Indian journal of veterinary science and animal husbandry - Volumes 15-17, 1948-1951
Year: 1948
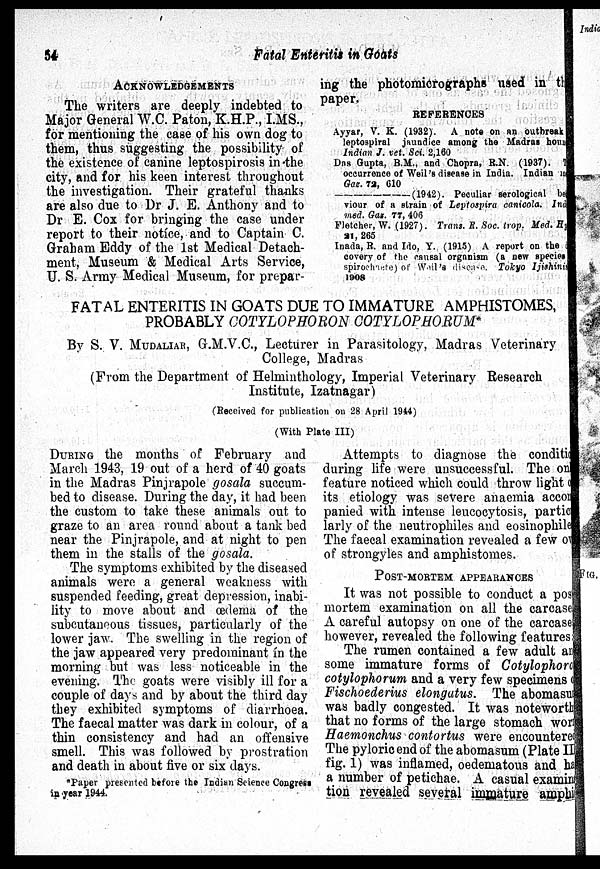
54
Fatal Enteritis in Goats
ACKNOWLEDGEMENTS
The writers are deeply indebted to
Major General W.C. Paton, K.H.P., I.MS.,
for mentioning the case of his own dog to
them, thus suggesting the possibility of
the existence of canine leptospirosis in the
city, and for his keen interest throughout
the investigation. Their grateful thanks
are also due to Dr J. E. Anthony and to
Dr E. Cox for bringing the case under
report to their notice, and to Captain C.
Graham Eddy of the 1st Medical Detach-
ment, Museum & Medical Arts Service,
U. S. Army Medical Museum, for prepar-
ing the photomicrographs used in the
paper.
REFERENCES
Ayyar, V. K. (1932). A note on an outbreak
leptospiral jaundice among the Madras houn
Indian J. vet. Sci. 2,160
Das Gupta, B.M., and Chopra, R.N. (1037). T
occurrence of Weil's disease in India. Indian in
Gaz. 72, 610
——(1942).
Peculiar serological be
viour of a strain of Leptospira canicola. Ind
med. Gaz, 77, 406
Fletcher, W. (1927). Trans, R. Soc. trop. Med. Hy
21, 265
Inada, R. and Ido, Y. (1915) A report on the
covery of the causal organism (a new species
spirochaete) of Weil's disease. Tokyo Ijishini
1908
FATAL ENTERITIS IN GOATS DUE TO IMMATURE AMPHISTOMES,
PROBABLY COTYLOPHORON COTYLOPHORUM*
By S. V. MUDALIAR, G.M.V.C., Lecturer in Parasitology, Madras Veterinary
College, Madras
(From the Department of Helminthology, Imperial Veterinary Research
Institute, Izatnagar)
(Received for publication on 28 April 1944)
(With Plate III)
DURING the months of February and
March 1943, 19 out of a herd of 40 goats
in the Madras Pinjrapole gosala succum-
bed to disease. During the day, it had been
the custom to take these animals out to
graze to an area round about a tank bed
near the Pinjrapole, and at night to pen
them in the stalls of the gosala.
The symptoms exhibited by the diseased
animals were a general weakness with
suspended feeding, great depression, inabi-
lity to move about and œdema of the
subcutaneous tissues, particularly of the
lower jaw. The swelling in the region of
the jaw appeared very predominant in the
morning but was less noticeable in the
evening. The goats were visibly ill for a
couple of days and by about the third day
they exhibited symptoms of diarrhoea.
The faecal matter was dark in colour, of a
thin consistency and had an offensive
smell. This was followed by prostration
and death in about five or six days.
*Paper presented before the Indian Science Congress
in year 1944.
Attempts to diagnose the condition
during life were unsuccessful. The only
feature noticed which could throw light on
its etiology was severe anaemia acco
panied with intense leucocytosis, particu
larly of the neutrophiles and eosinophiles
The faecal examination revealed a few ow
of strongyles and amphistomes.
POST-MORTEM APPEARANCES
It was not possible to conduct a pos
mortem examination on all the carcases
A careful autopsy on one of the carcases
however, revealed the following features
The rumen contained a few adult and
some immature forms of Cotylophoron
cotylophorum and a very few specimens
Fischoederius elongatus. The abomasu
was badly congested. It was noteworthy
that no forms of the large stomach worr
Haemonchus contortus were encountered
The pyloric end of the abomasum (Plate III
fig. 1) was inflamed, oedematons and has
a number of petichae. A casual examina
tion revealed several immature amphis